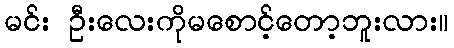
မင်း ဦးလေးကိုမစောင့်တော့ဘူးလား။